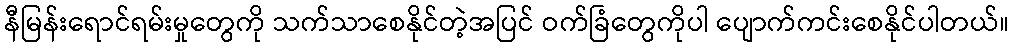
နီမြန်းရောင်ရမ်းမှုတွေကို သက်သာစေနိုင်တဲ့အပြင် ဝက်ခြံတွေကိုပါ ပျောက်ကင်းစေနိုင်ပါတယ်။